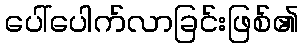
ပေါ်ပေါက်လာခြင်းဖြစ်၏